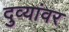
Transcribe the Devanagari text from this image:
दुव्यांवर